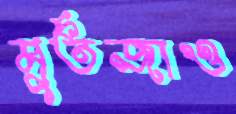
মুর্তজাও